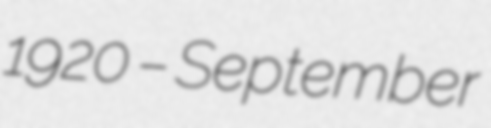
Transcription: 1920 – September